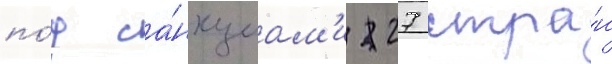
по́д са́нкциам'и 27 стра́н